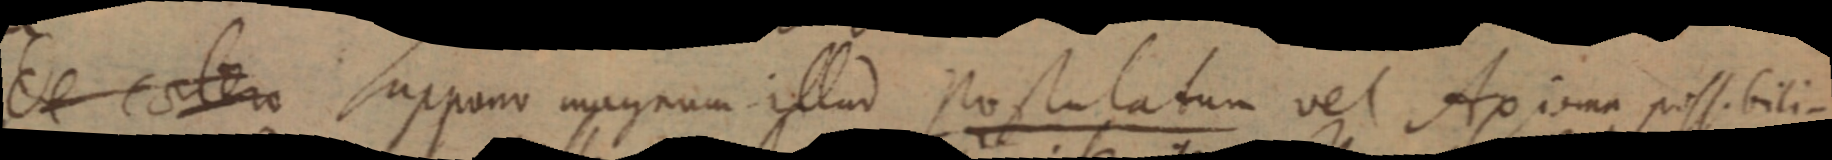
de eodem suppano magnum illud Postulatum vel Axioma possibili